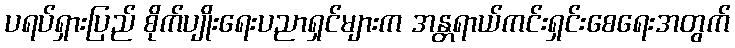
ပရပ်ရှားပြည် စိုက်ပျိုးရေးပညာရှင်များက အန္တရာယ်ကင်းရှင်းစေရေးအတွက်